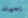
إجهاد